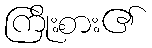
ကြိုးစား၏